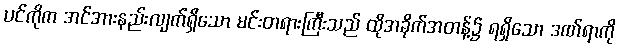
ပင်ကိုက အင်အားနည်းလျက်ရှိသော မင်းတရားကြီးသည် ထိုအခိုက်အတန့်၌ ရရှိသော ဒဏ်ရာကို